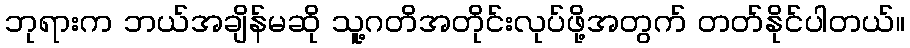
ဘုရားက ဘယ်အချိန်မဆို သူ့ဂတိအတိုင်းလုပ်ဖို့အတွက် တတ်နိုင်ပါတယ်။